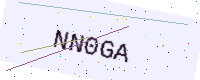
Text: NN0GA